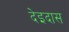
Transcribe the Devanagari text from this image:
देइदास